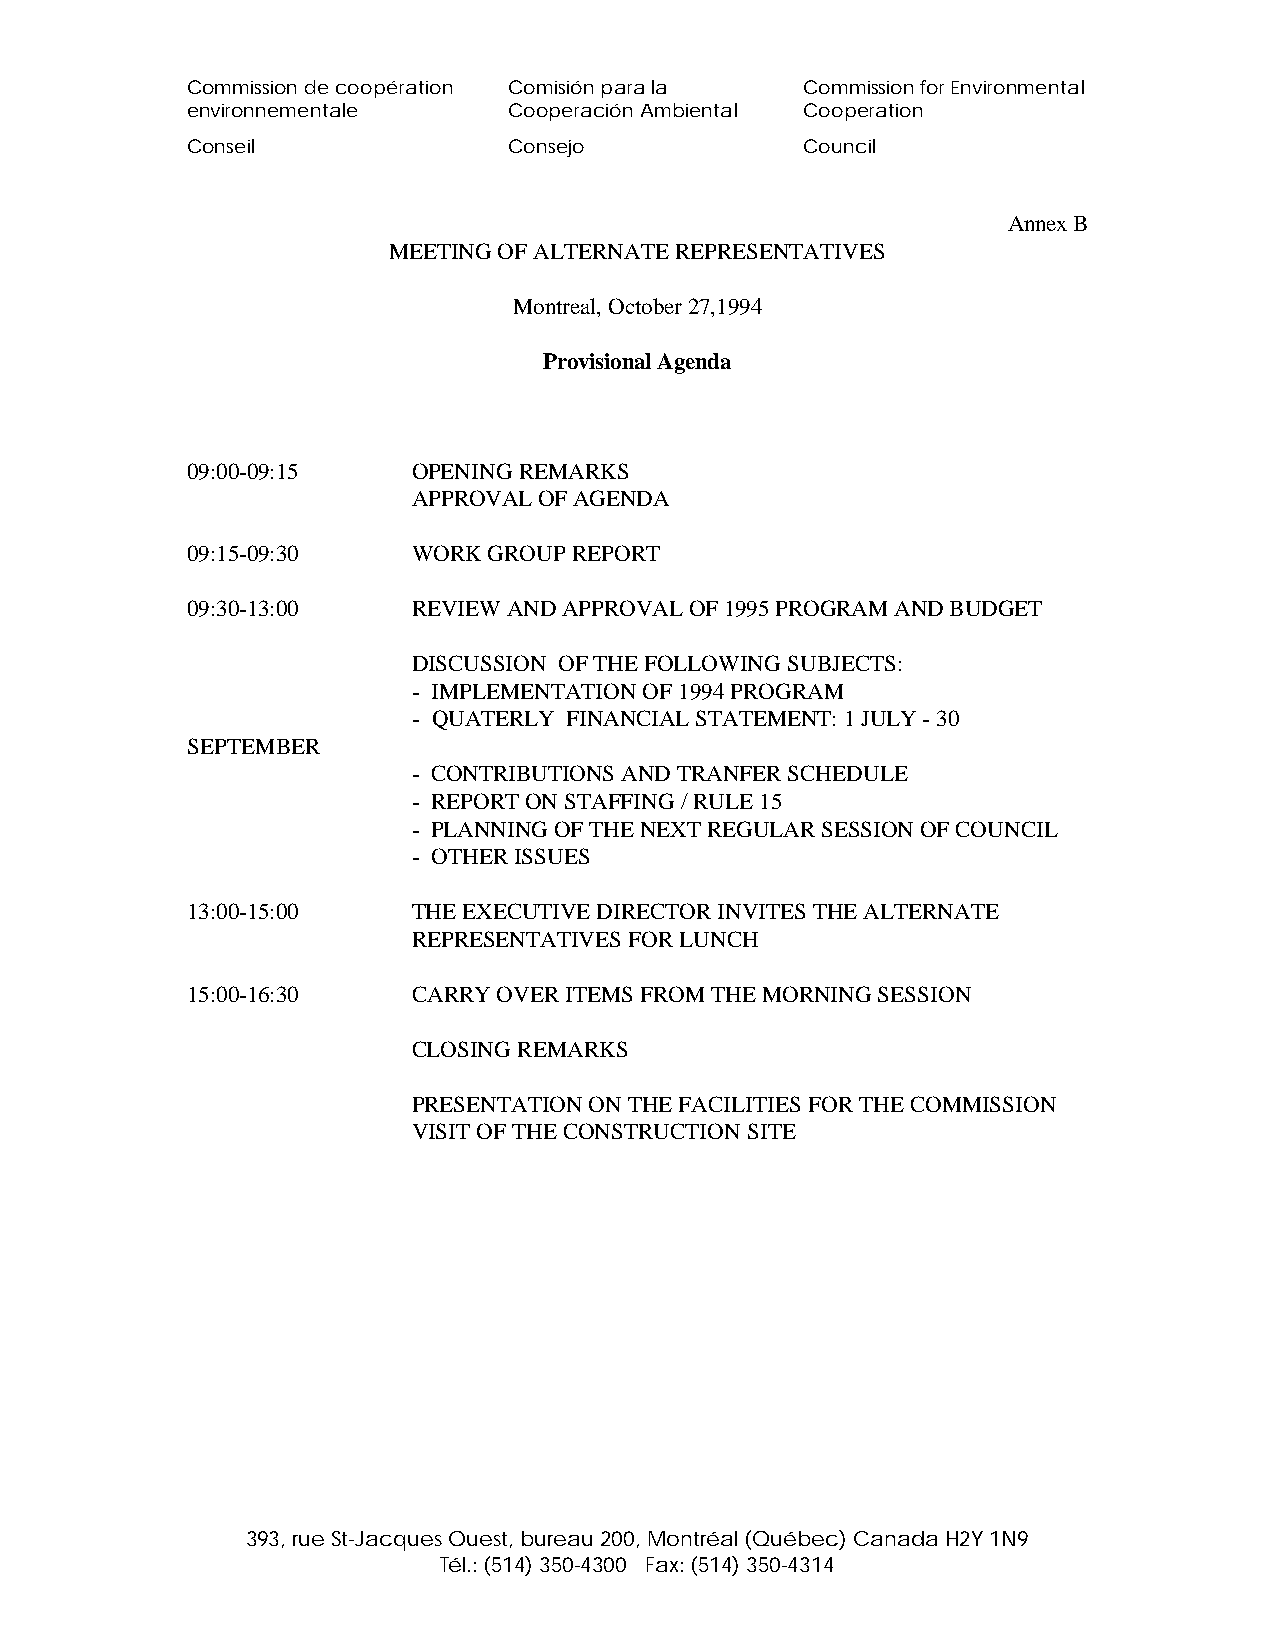
Commission de coopération Comisión para la Commission for Environmental
 environnementale      Cooperación Ambiental Cooperation
 Conseil               Consejo            Council
 Annex B
 MEETING OF ALTERNATE REPRESENTATIVES
 Montreal, October 27,1994
 Provisional Agenda
 09:00-09:15    OPENING REMARKS
 APPROVAL OF AGENDA
 09:15-09:30    WORK GROUP REPORT
 09:30-13:00    REVIEW AND APPROVAL OF 1995 PROGRAM AND BUDGET
 DISCUSSION OF THE FOLLOWING SUBJECTS:
 - IMPLEMENTATION OF 1994 PROGRAM
 - QUATERLY FINANCIAL STATEMENT: 1 JULY - 30
 SEPTEMBER
 - CONTRIBUTIONS AND TRANFER SCHEDULE
 - REPORT ON STAFFING / RULE 15
 - PLANNING OF THE NEXT REGULAR SESSION OF COUNCIL
 - OTHER ISSUES
 13:00-15:00    THE EXECUTIVE DIRECTOR INVITES THE ALTERNATE
 REPRESENTATIVES FOR LUNCH
 15:00-16:30    CARRY OVER ITEMS FROM THE MORNING SESSION
 CLOSING REMARKS
 PRESENTATION ON THE FACILITIES FOR THE COMMISSION
 VISIT OF THE CONSTRUCTION SITE
 393, rue St-Jacques Ouest, bureau 200, Montréal (Québec) Canada H2Y 1N9
 Tél.: (514) 350-4300 Fax: (514) 350-4314